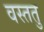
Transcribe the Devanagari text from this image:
वस्ततु